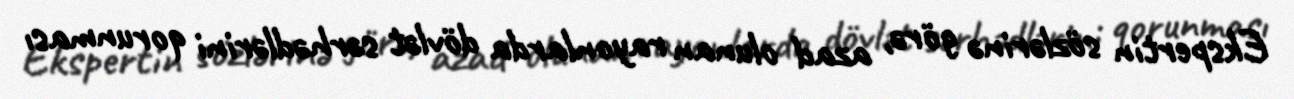
Ekspertin sözlərinə görə, azad olunan rayonlarda dövlət sərhədlərini qorunması